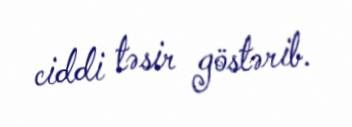
ciddi təsir göstərib.